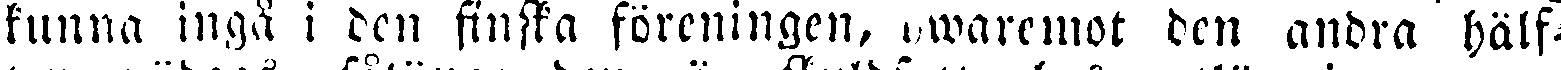
kunna ingå i den finska föreningen, hwaremot den andra hälf-